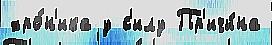
хро́н'ика у с'илу Пр'ичи́на